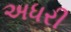
અધરી